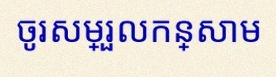
ចូរសម្រួលកន្សោម